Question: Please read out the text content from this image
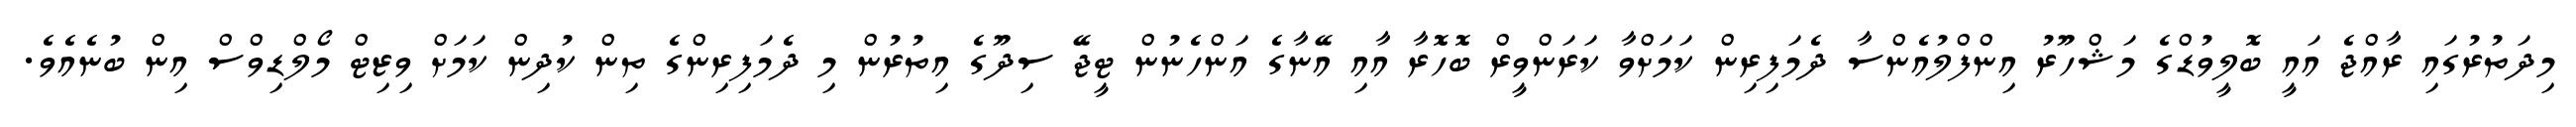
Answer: މިދަތުރުގައި ރާއްޖެ އައީ ބޮލީވުޑްގެ މަޝްހޫރު އިންފްލުއެންސާ ދެމަފިރިން ކަމަށްވާ ކަރަންވީރް ބޮހޮރާ އާއި އޭނާގެ އަންހެނުން ޓީޖޭ ސިދޫގެ އިތުރުން މި ދެމަފިރިންގެ ތިން ކުދިން ކަމަށް ވިޒިޓް މޯލްޑިވްސް އިން ބުނެއެވެ.